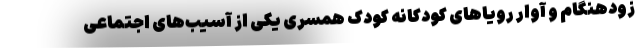
زودهنگام و آوار رویاهای کودکانه کودک همسری یکی از آسیب‌های اجتماعی